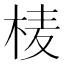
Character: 𭪄